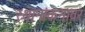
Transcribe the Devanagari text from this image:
स्थानांकनावर